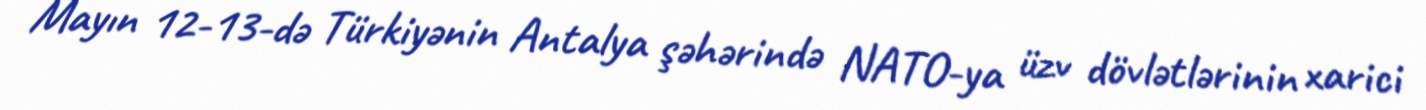
Mayın 12-13-də Türkiyənin Antalya şəhərində NATO-ya üzv dövlətlərinin xarici